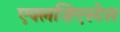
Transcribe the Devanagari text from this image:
एक्लज़िएस्टेस